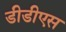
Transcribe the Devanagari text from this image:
डीडीएस